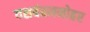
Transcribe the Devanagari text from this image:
यशवंतमनोहर